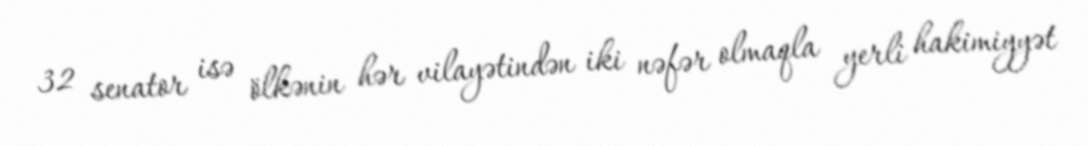
32 senator isə ölkənin hər vilayətindən iki nəfər olmaqla yerli hakimiyyət